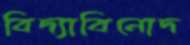
বিদ্যাবিনোদ